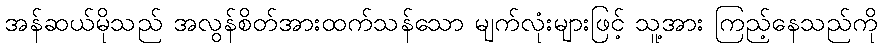
အန်ဆယ်မိုသည် အလွန်စိတ်အားထက်သန်သော မျက်လုံးများဖြင့် သူ့အား ကြည့်နေသည်ကို